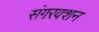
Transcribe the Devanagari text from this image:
संगरक्शन